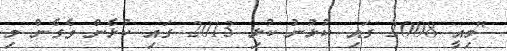
"މިއީ 2008 ގައި ކުޅުނު ކުޅި 2013 ގައި ކުޅެން ވެގެން މި